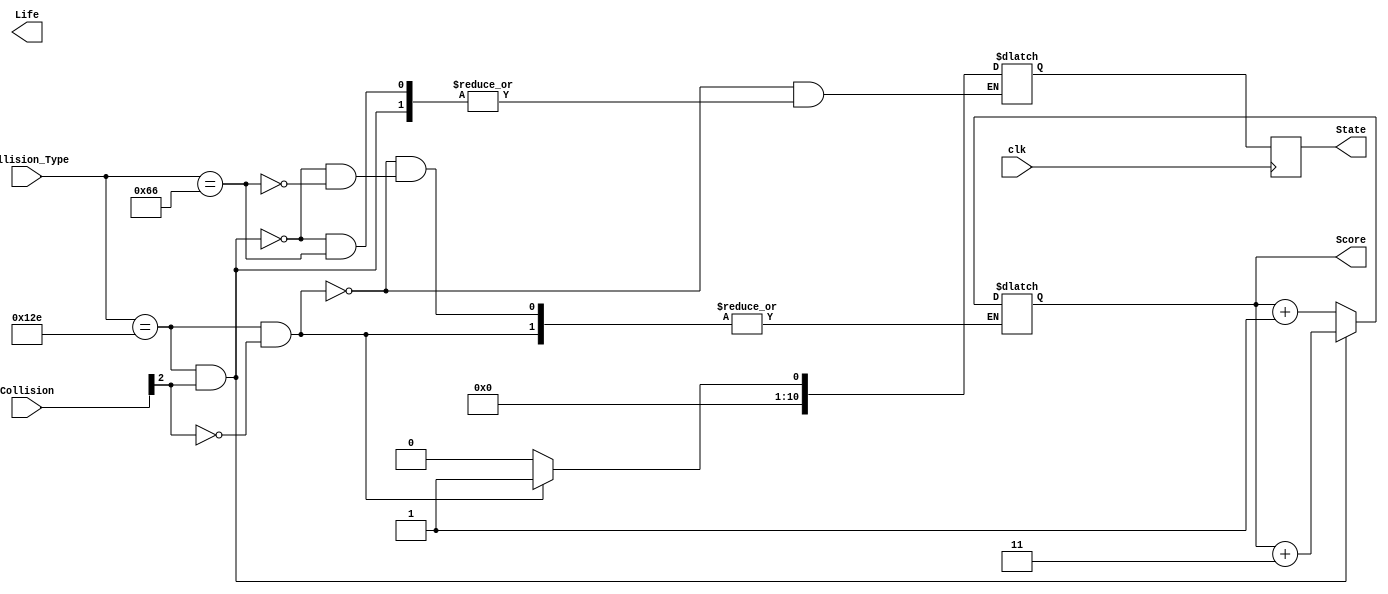
module Character_State(clk,State,Score,Life,Collision,Collision_Type);

	input clk;
	input [3:0]Collision; //  (///)
	input [10:0]Collision_Type;   // 

	output reg [10:0]State;
	reg [10:0]next_state;
	output reg [10:0]Score; // 
	output reg [10:0]Life; // 
	
	always@(posedge clk)
	State<=next_state;
	
	always@(*)
	begin
		if(Collision_Type == 11'd302 && Collision[2] != 1'b1)  // 
			next_state <= 11'd1;
			
		else if(Collision_Type == 11'd302 && Collision[2] == 1'b1) // 
			Score <= Score + 11'd3;
	
		else if(Collision_Type == 11'd102) // 
			Score <= Score+11'd1;
			
		else
			next_state <= 11'd0; // 
	end
	
	
endmodule